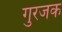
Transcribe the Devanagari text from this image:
गुरजक